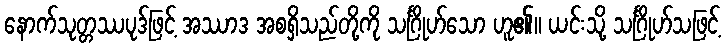
နောက်သုတ္တဿပုဒ်ဖြင့် အဿာဒ အစရှိသည်တို့ကို သင်္ဂြိုဟ်သော ဟူ၏။ ယင်းသို့ သင်္ဂြိုဟ်သဖြင့်